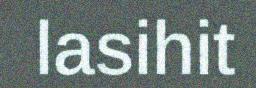
lasihit